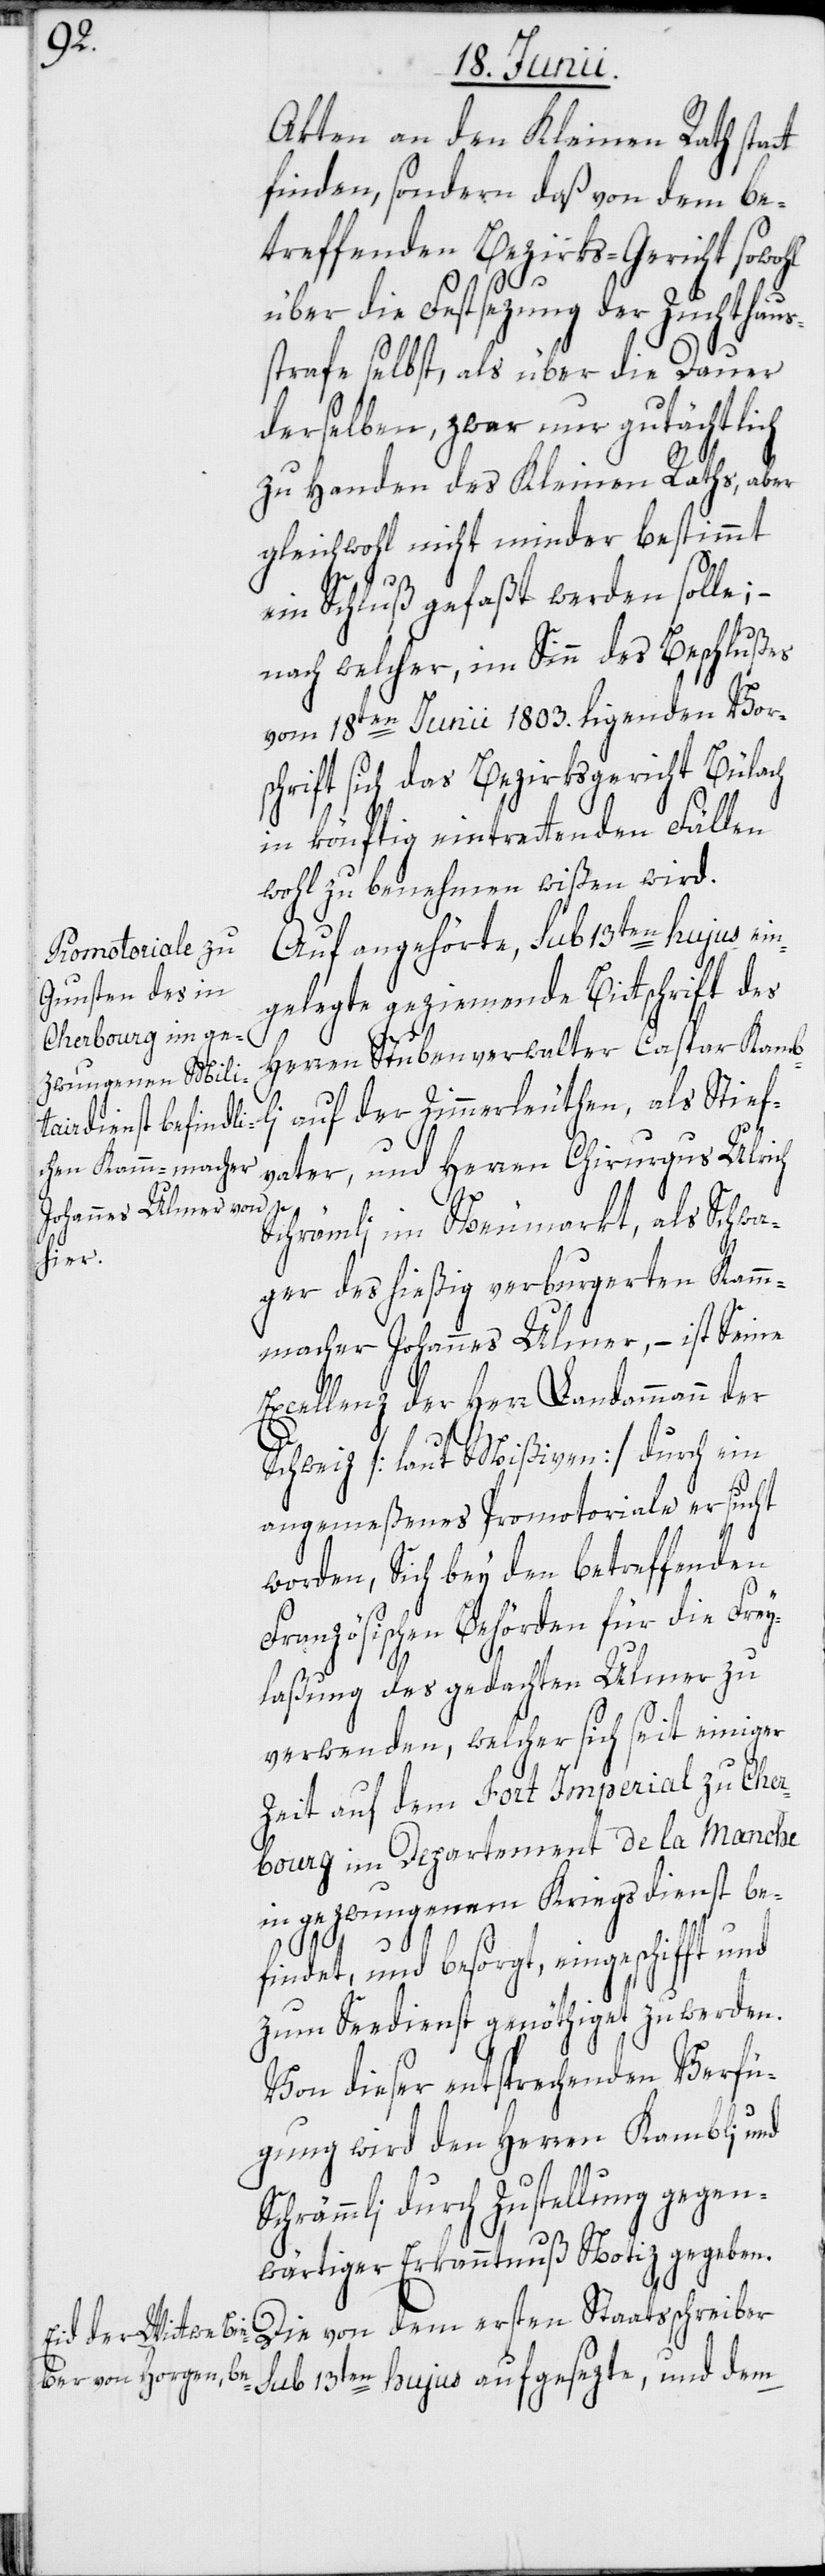
Akten an den Kleinen Rath stat¬
finden, sondern daß von dem be¬
treffenden Bezirks-Gericht sowohl
über die Festsezung der Zuchthaus¬
strafe selbst, als über die Dauer
derselben, zwar nur gutächtlich
zu Handen des Kleinen Raths, aber
gleichwohl nicht minder bestimmt
ein Schluß gefaßt werden solle; –
nach welcher, im Sinn des Beschlußes
vom 18ten Junii 1803. ligenden Vor¬
schrift sich das Bezirksgericht Bülach
in könftig eintrettenden Fällen
wohl zu benehmen wißen wird.
Auf angehörte, sub 13ten hujus ei¬
ngelegte geziemende Bittschrift des
Herren Stubenverwalter Caspar Kambli
auf der Zimmerleuthen, als Stief¬
t
vater, und Herren Chirurgus Ulrich
Schrämli im Neumarkt, als Schwa¬
ger des hießig verburgerten Kamm¬
macher Johannes Ulmer, – ist Seine
Excellenz der Herr Landammann der
Schweiz [laut Mißiven] durch ein
angemeßenes Promotoriale ersucht
worden, Sich bey den betreffenden
Französischen Behörden für die Frey¬
laßung des gedachten Ulmer zu
verwenden, welcher sich seit einiger
Zeit auf dem Fort Imperial zu Cher¬
bourg im Departement de la Manche
in gezwungenem Kriegsdienst be¬
findet, und besorgt, eingeschifft und
zum Seedienst genöthiget zu werden.
Von dieser entsprechenden Verfü¬
gung wird den Herren Kambli und
[sic!] durch Zustellung gegen¬
wärtiger Erkanntnuß Notiz gegeben.
Die von dem ersten Staatsschreiber
sub 13ten hujus aufgesezte, und dem